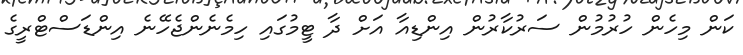
ކަން މިިހެން ހުރުމުން ސަރުކާރުން އިންޑިއާ އަށް ދާ ޓީމުގައި ހިމެނެންޖެހޭނެ އިންޑަސްޓްރީގެ